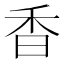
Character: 香